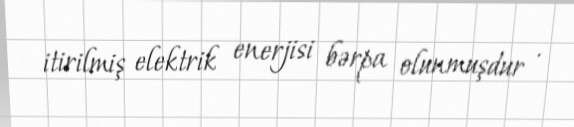
itirilmiş elektrik enerjisi bərpa olunmuşdur .